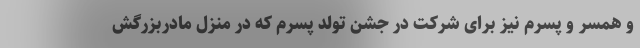
و همسر و پسرم نیز برای شرکت در جشن تولد پسرم که در منزل مادربزرگش